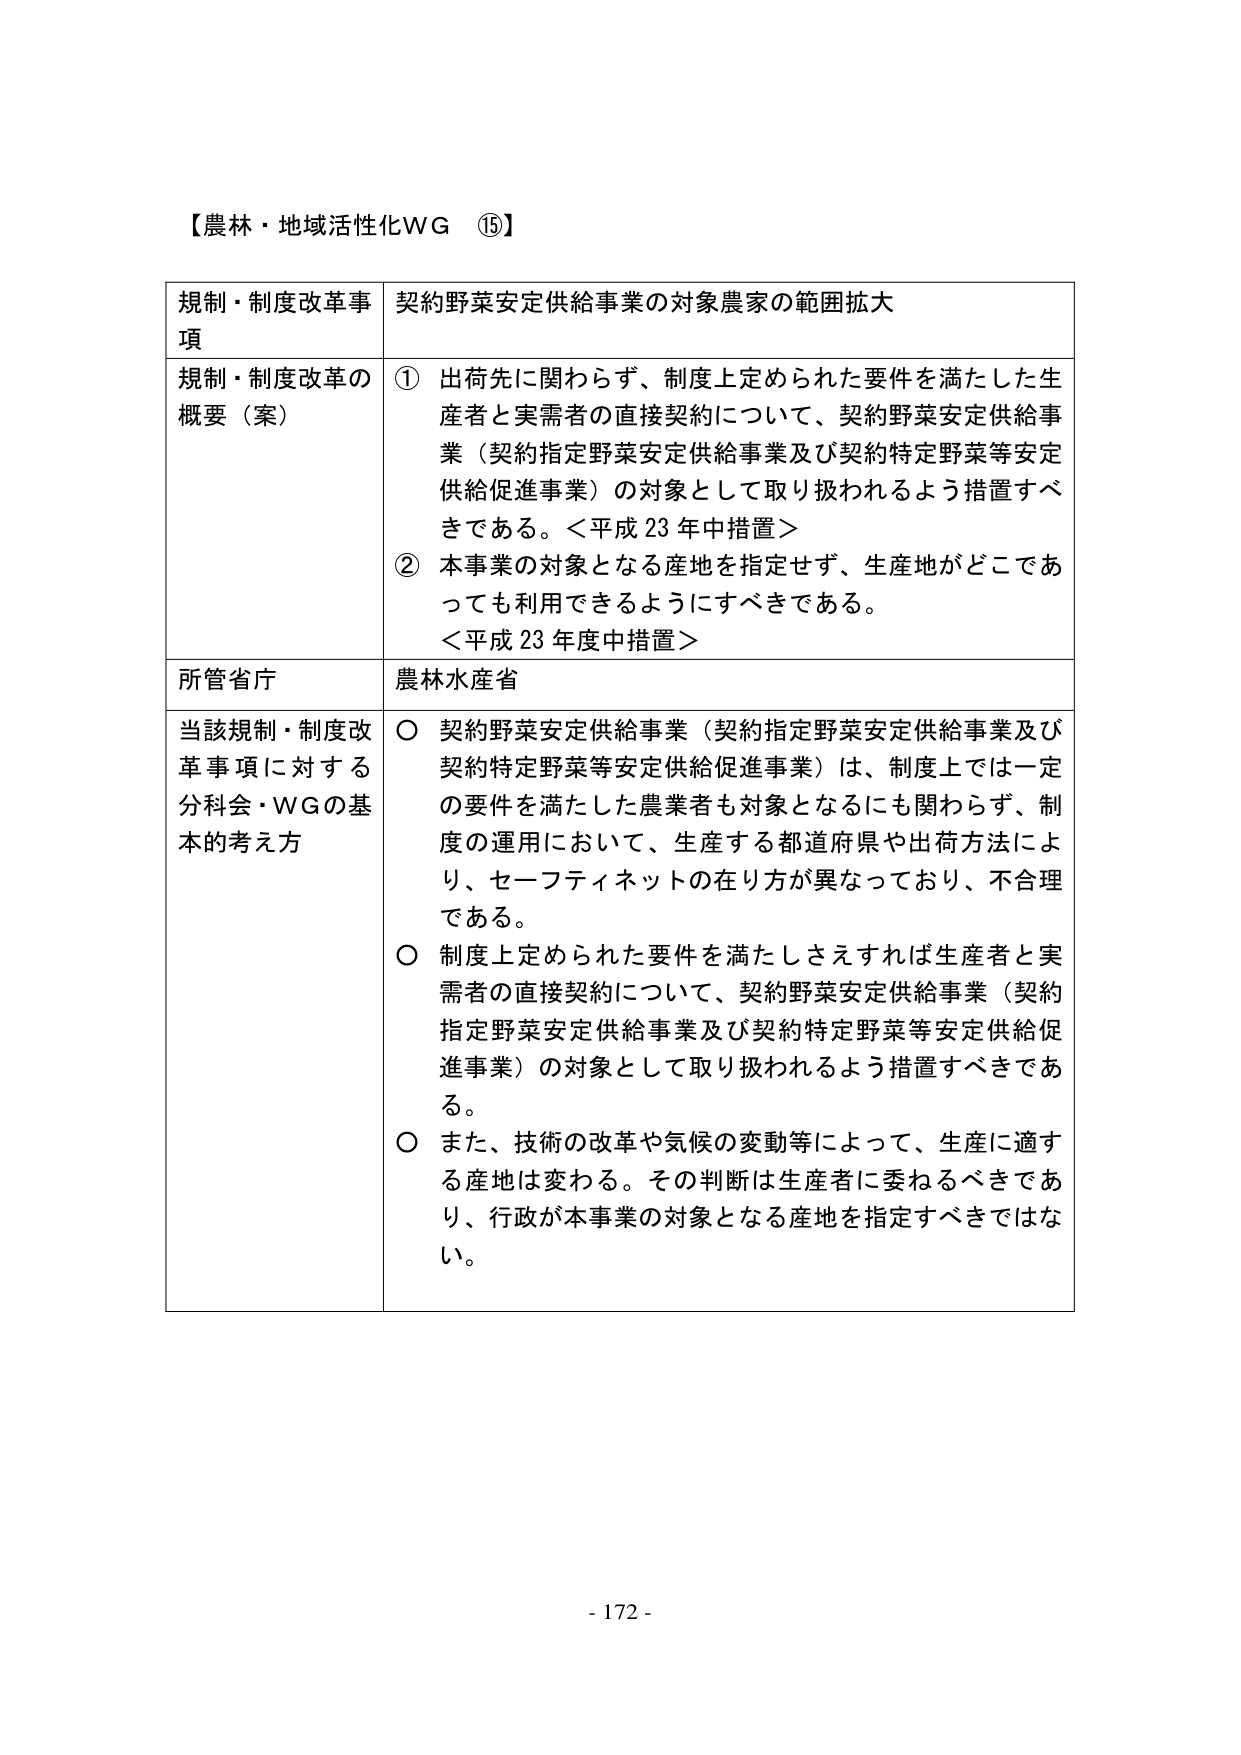
【農林・地域活性化WG ⑮】

規制・制度改革事項　契約野菜安定供給事業の対象農家の範囲拡大

規制・制度改革の概要（案）
① 出荷先に関わらず、制度上定められた要件を満たした生産者と実需者の直接契約について、契約野菜安定供給事業（契約指定野菜安定供給事業及び契約特定野菜等安定供給促進事業）の対象として取り扱われるよう措置すべきである。＜平成23年中措置＞
② 本事業の対象となる産地を指定せず、生産地がどこであっても利用できるようにすべきである。
＜平成23年度中措置＞

所管省庁　農林水産省

当該規制・制度改革事項に対する分科会・WGの基本的考え方
○ 契約野菜安定供給事業（契約指定野菜安定供給事業及び契約特定野菜等安定供給促進事業）は、制度上では一定の要件を満たした農業者も対象となるにも関わらず、制度の運用において、生産する都道府県や出荷方法により、セーフティネットの在り方が異なっており、不合理である。
○ 制度上定められた要件を満たしさえすれば生産者と実需者の直接契約について、契約野菜安定供給事業（契約指定野菜安定供給事業及び契約特定野菜等安定供給促進事業）の対象として取り扱われるよう措置すべきである。
○ また、技術の改革や気候の変動等によって、生産に適する産地は変わる。その判断は生産者に委ねるべきであり、行政が本事業の対象となる産地を指定すべきではない。

- 172 -